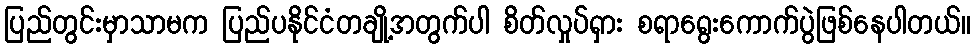
ပြည်တွင်းမှာသာမက ပြည်ပနိုင်ငံတချို့အတွက်ပါ စိတ်လှုပ်ရှား စရာရွေးကောက်ပွဲဖြစ်နေပါတယ်။